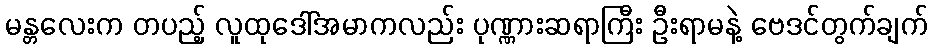
မန္တလေးက တပည့် လူထုဒေါ်အမာကလည်း ပုဏ္ဏားဆရာကြီး ဦးရာမနဲ့ ဗေဒင်တွက်ချက်